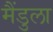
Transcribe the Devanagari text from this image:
मैंडुला